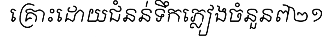
គ្រោះដោយជំនន់ទឹកភ្លៀងចំនួន៧២១